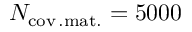
N _ { \mathrm { c o v \, . m a t . } } = 5 0 0 0